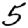
Digit: 5